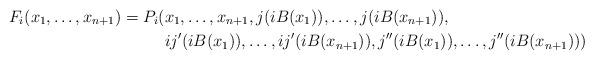
LaTeX: \begin{align*}F_i(x_1,\dots,x_{n+1})=P_i(&x_1,\dots,x_{n+1},j(iB(x_1)),\dots,j(iB(x_{n+1})),\\& ij'(iB(x_1)),\dots,ij'(iB(x_{n+1})),j''(iB(x_1)),\dots, j''(iB(x_{n+1})))\end{align*}